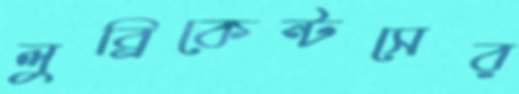
লুব্রিকেন্টসের